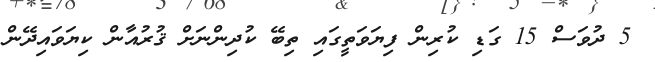
5 ދުވަސް 15 ގަޑި ކުރިން ފިޔަވަތީގައި ތިބޭ ކުދިންނަށް ޤުރުއާން ކިޔަވައިދޭން